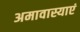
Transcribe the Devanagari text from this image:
अमावास्याएं